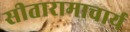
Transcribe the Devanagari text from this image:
सीतारामाचार्य